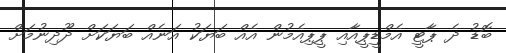
ބޮޑު ދެ ޕާޓީ އެމްޑީޕީއާއި ޕީޕިއެމުން އެއް ބަޔަކު އަނެއް ބަޔަކަށް ދޫދިނުމަށް